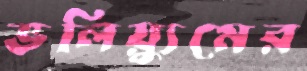
ভলিয়্যুমের